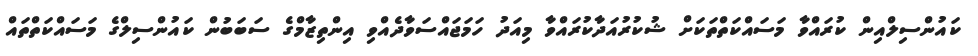
ކައުންސިލްއިން ކުރައްވާ މަސައްކަތްތަކަށް ޝުކުރުއަދާކުރައްވާ މިއަދު ހަމަޖައްސަވާދެއްވި އިންތިޒާމްގެ ސަބަބުން ކައުންސިލްގެ މަސައްކަތްތައް